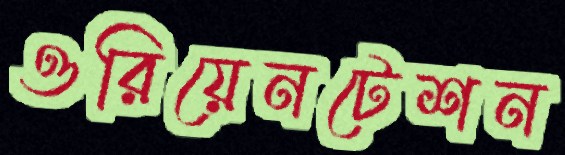
ওরিয়েনটেশন